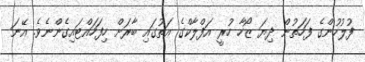
ފުލުހުންގެ ފަހަތުން ދިޔަ ޒޯހާ ހުރީ އަފްލާކްގެ އަތުގައި ބާރަށް ހިފަހައްޓައިގެންނެވެ. އޭނަ